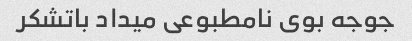
جوجه بوی نامطبوعی میداد باتشکر